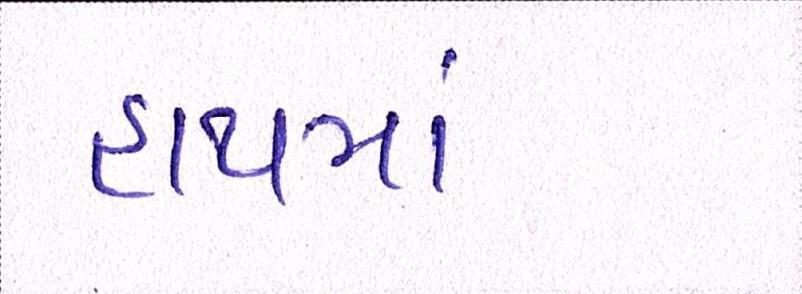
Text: હાથમાં